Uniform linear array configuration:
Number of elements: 48
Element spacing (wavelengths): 1
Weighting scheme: hann
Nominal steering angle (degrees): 0
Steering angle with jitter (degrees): -0.6644
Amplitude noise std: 0.05
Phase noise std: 0.05

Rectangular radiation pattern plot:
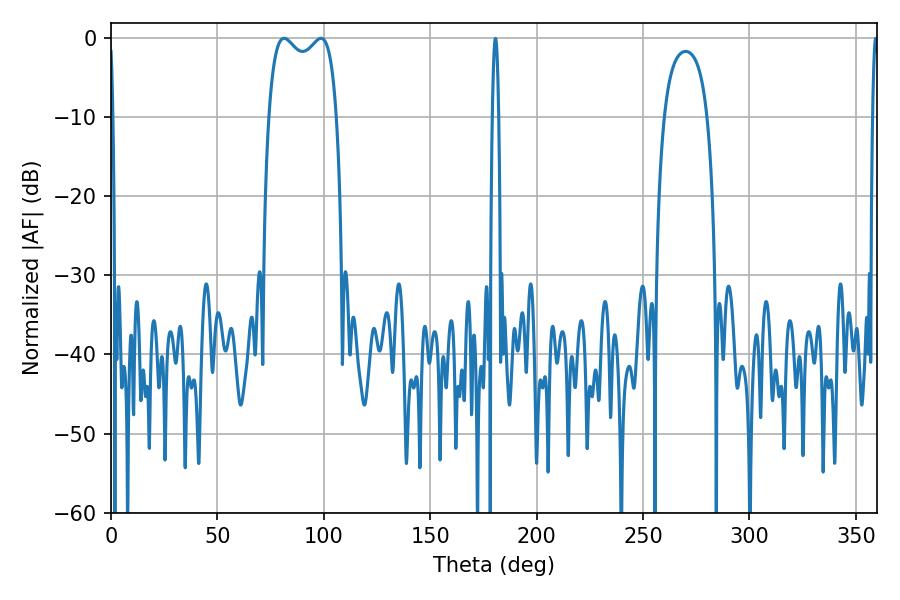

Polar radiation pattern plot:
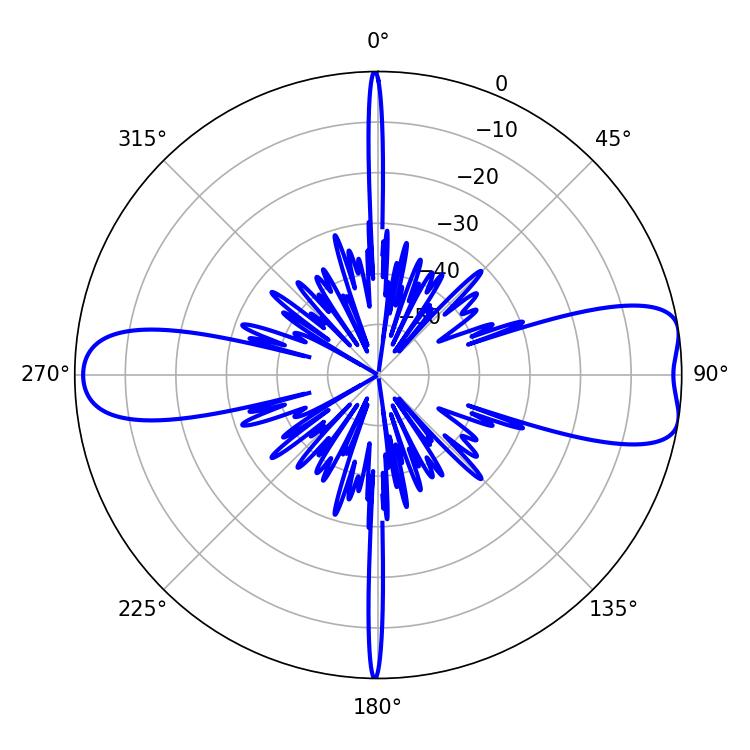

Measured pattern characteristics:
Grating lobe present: TRUE
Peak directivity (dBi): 9.186
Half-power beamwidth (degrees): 26.28
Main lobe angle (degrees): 81.36